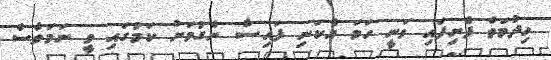
ހިދުމަތް ފެށިފައި ވަނީ ހަމަ އެކަނި ފައިސާ ނެގުމަށް ކަމުގައި ވީ ނަމަވެސް